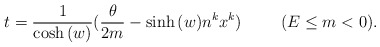
\begin{align*}t = \frac{1}{\cosh{(w)}} (\frac{\theta}{2m} - \sinh{(w)}n^{k}x^{k} ) \hspace{1cm} (E \leq m < 0).\end{align*}